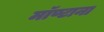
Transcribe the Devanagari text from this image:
मॉण्टाना